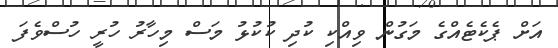
އަށް ޕެކެޓެއްގެ މަގުން ވިއްކި ކުދި ކުކުޅު މަސް މިހާރު ހުރީ ހުސްވެފަ